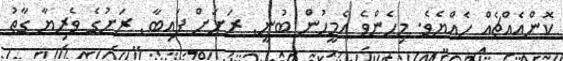
ކޮންއެއްޗެއް ހެއްޔެވެ. މިހެންވެ އެމީހުން ބުނީ